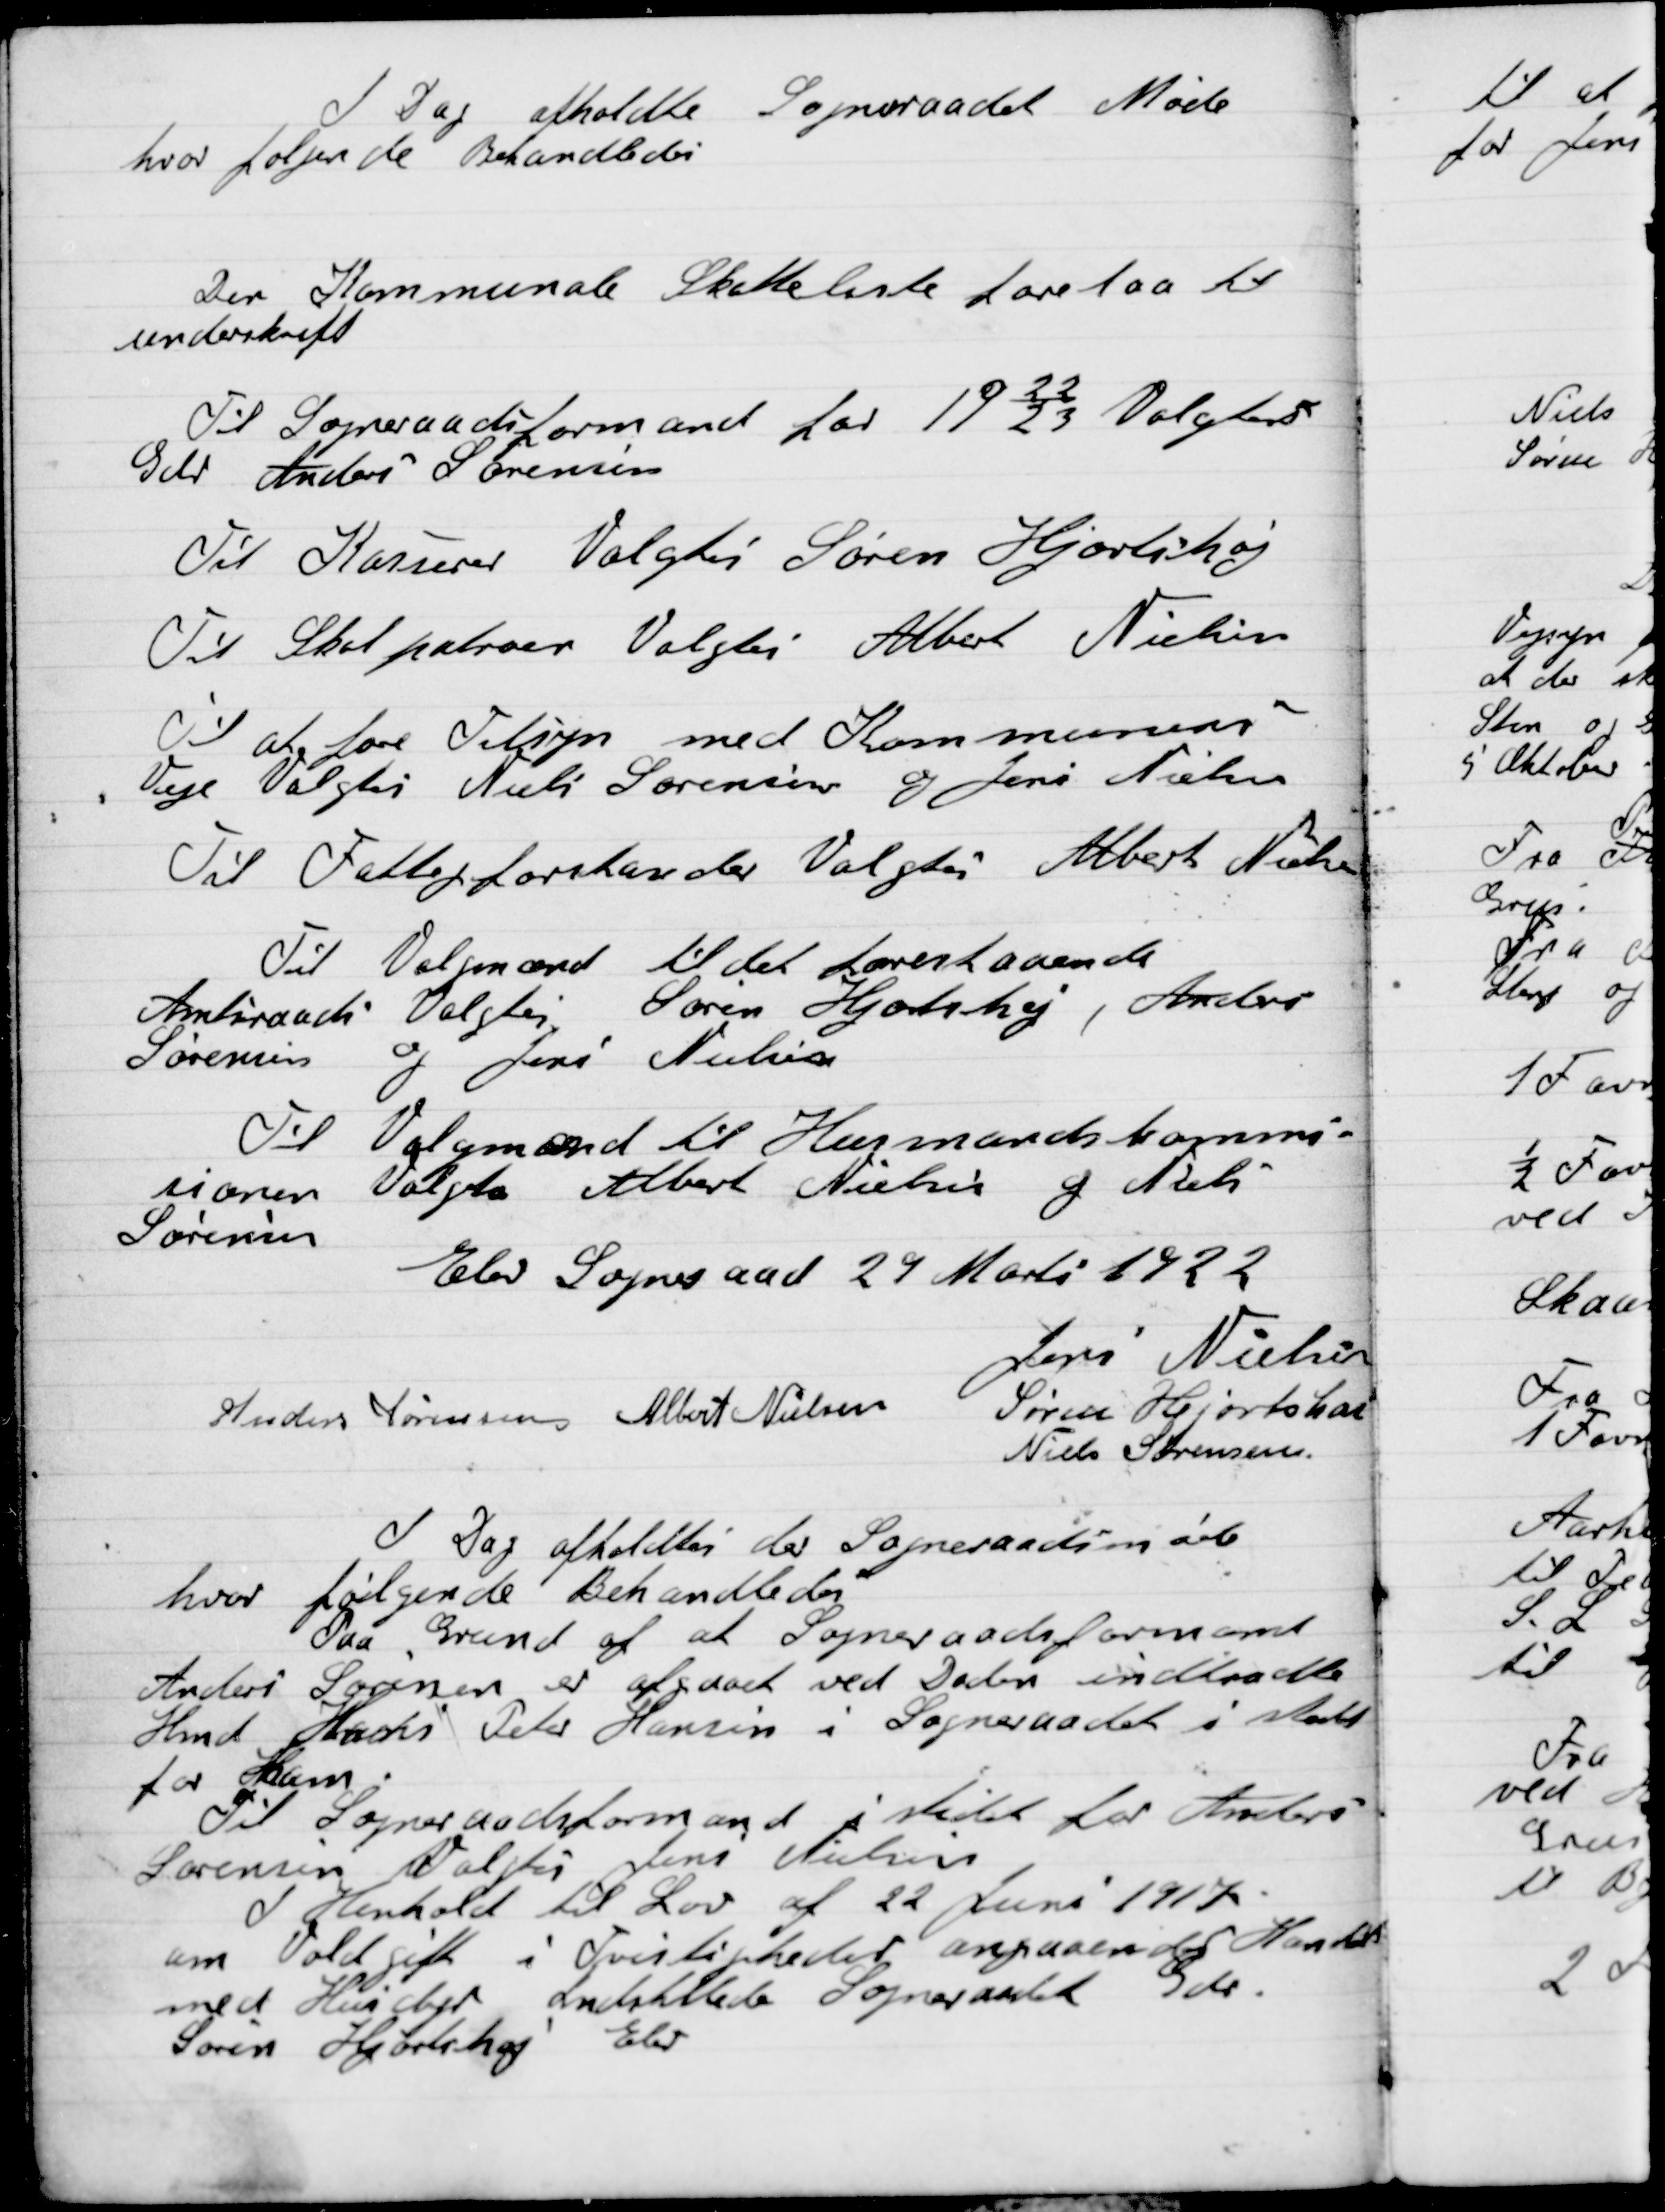
Transskription:
I Dag afholdte Sogneraadet Møde
Hvor følgende Behandledes

Den Kommunale Skatteliste forelaa til
underskrift

Til Sogneraadsformand for 1922/23 Valgtes
Gdr. Anders Sørensen

Til Kasserer Valgtes Søren Hjortshøj

Til Skatpatroer Valgtes Albert Nielsen

Til at føre Tilsyn med Kommunens
Veje valgtes Niels Sørensen og Jens Nielsen

Til Fattigforstander Valgtes Albert Nielsen

Til valgmænd til det Lovenfaaende
Amtsraad Valgtes Søren Hjortshøj, Anders
Sørensen og Jens Nielsen

Til Valgmand til Husmandskommi-
sionen Valgtes Albert Nielsen og Niels
Sørensen

Elev Sogneraad 29 Marts 1922

Jens Nielsen
Anders Sørensen
Albert Nielsen,
Søren Hjortshøi
Niels Sørensen

I Dag afholdtes der Sogneraadetsmøde
hvor følgende Behandledes
Paa Grund af at Sogneraadsformanden
Anders Sørensen er afgaaet ved Døden indkaldte
Hmd Hans Peter Hansen i Sogneraadet i stedet
for ham.
Til Sogneraadsformand i stedet for Anders
Sørensen Valgtes Jens Nielsen
I Henhold til Lov af 22 Juni 1917
om Voldgift i Tvistigheder angaaende Handel
med Husdyr Indstillede Sogneraadet Gdr.
Søren Hjortshøj Elev.